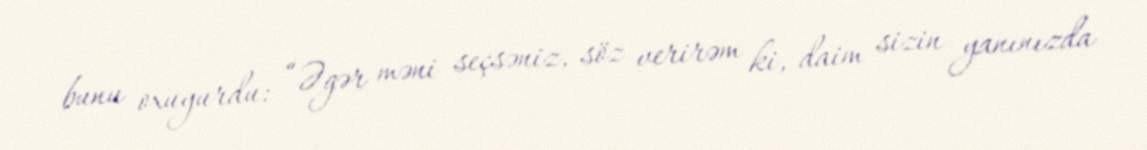
bunu oxuyurdu: “Əgər məni seçsəniz, söz verirəm ki, daim sizin yanınızda